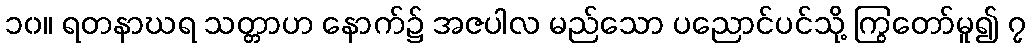
၁၀။ ရတနာဃရ သတ္တာဟ နောက်၌ အဇပါလ မည်သော ပညောင်ပင်သို့ ကြွတော်မူ၍ ၇